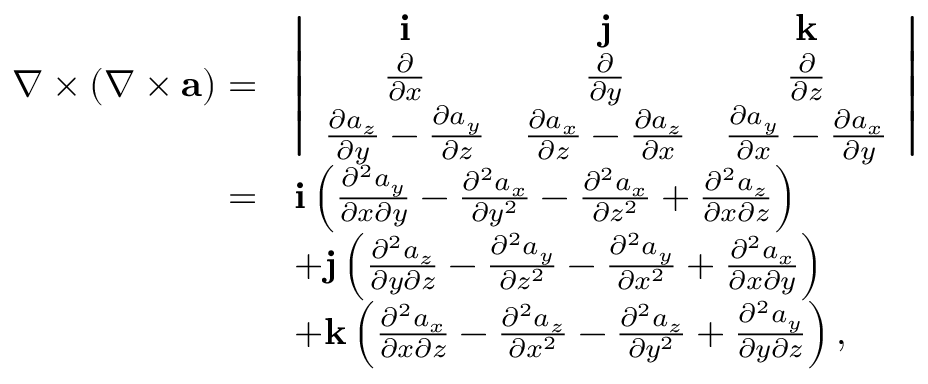
\begin{array} { r l } { \nabla \times ( \nabla \times { \mathbf a } ) = } & { \left| \begin{array} { c c c } { { \mathbf i } } & { { \mathbf j } } & { { \mathbf k } } \\ { \frac { \partial } { \partial x } } & { \frac { \partial } { \partial y } } & { \frac { \partial } { \partial z } } \\ { \frac { \partial a _ { z } } { \partial y } - \frac { \partial a _ { y } } { \partial z } } & { \frac { \partial a _ { x } } { \partial z } - \frac { \partial a _ { z } } { \partial x } } & { \frac { \partial a _ { y } } { \partial x } - \frac { \partial a _ { x } } { \partial y } } \end{array} \right| } \\ { = } & { { \mathbf i } \left( \frac { \partial ^ { 2 } a _ { y } } { \partial x \partial y } - \frac { \partial ^ { 2 } a _ { x } } { \partial y ^ { 2 } } - \frac { \partial ^ { 2 } a _ { x } } { \partial z ^ { 2 } } + \frac { \partial ^ { 2 } a _ { z } } { \partial x \partial z } \right) } \\ & { + { \mathbf j } \left( \frac { \partial ^ { 2 } a _ { z } } { \partial y \partial z } - \frac { \partial ^ { 2 } a _ { y } } { \partial z ^ { 2 } } - \frac { \partial ^ { 2 } a _ { y } } { \partial x ^ { 2 } } + \frac { \partial ^ { 2 } a _ { x } } { \partial x \partial y } \right) } \\ & { + { \mathbf k } \left( \frac { \partial ^ { 2 } a _ { x } } { \partial x \partial z } - \frac { \partial ^ { 2 } a _ { z } } { \partial x ^ { 2 } } - \frac { \partial ^ { 2 } a _ { z } } { \partial y ^ { 2 } } + \frac { \partial ^ { 2 } a _ { y } } { \partial y \partial z } \right) , } \end{array}